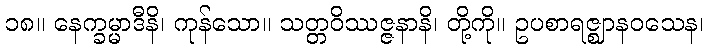
၁၈။ နေက္ခမ္မာဒီနိ၊ ကုန်သော။ သတ္တဝိဿဇ္ဇနာနိ၊ တို့ကို။ ဥပစာရဇ္ဈာနဝသေန၊